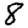
Digit: 8